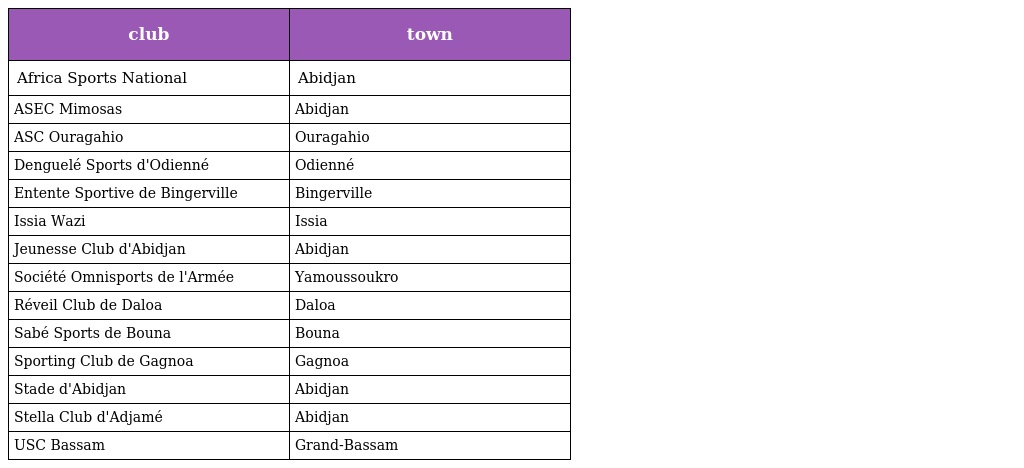
| club | town |
 | --- | --- |
 | Africa Sports National | Abidjan |
 | ASEC Mimosas | Abidjan |
 | ASC Ouragahio | Ouragahio |
 | Denguelé Sports d'Odienné | Odienné |
 | Entente Sportive de Bingerville | Bingerville |
 | Issia Wazi | Issia |
 | Jeunesse Club d'Abidjan | Abidjan |
 | Société Omnisports de l'Armée | Yamoussoukro |
 | Réveil Club de Daloa | Daloa |
 | Sabé Sports de Bouna | Bouna |
 | Sporting Club de Gagnoa | Gagnoa |
 | Stade d'Abidjan | Abidjan |
 | Stella Club d'Adjamé | Abidjan |
 | USC Bassam | Grand-Bassam |